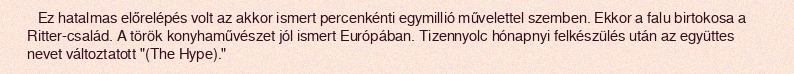
Ez hatalmas előrelépés volt az akkor ismert percenkénti egymillió művelettel szemben. Ekkor a falu birtokosa a Ritter-család. A török konyhaművészet jól ismert Európában. Tizennyolc hónapnyi felkészülés után az együttes nevet változtatott "(The Hype)."